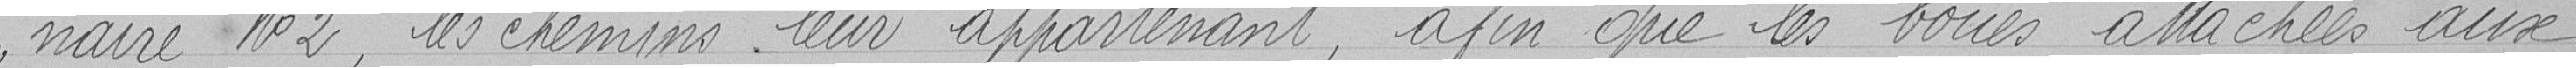
naire n°2, les chemins leur appartenant, afin que les boues attachées aux